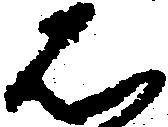
は